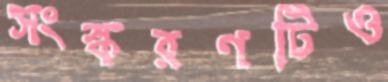
সংস্করণটিও